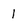
Character: l